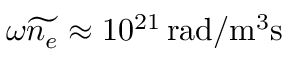
\omega \widetilde { n _ { e } } \approx 1 0 ^ { 2 1 } \, \mathrm { r a d / m ^ { 3 } s }